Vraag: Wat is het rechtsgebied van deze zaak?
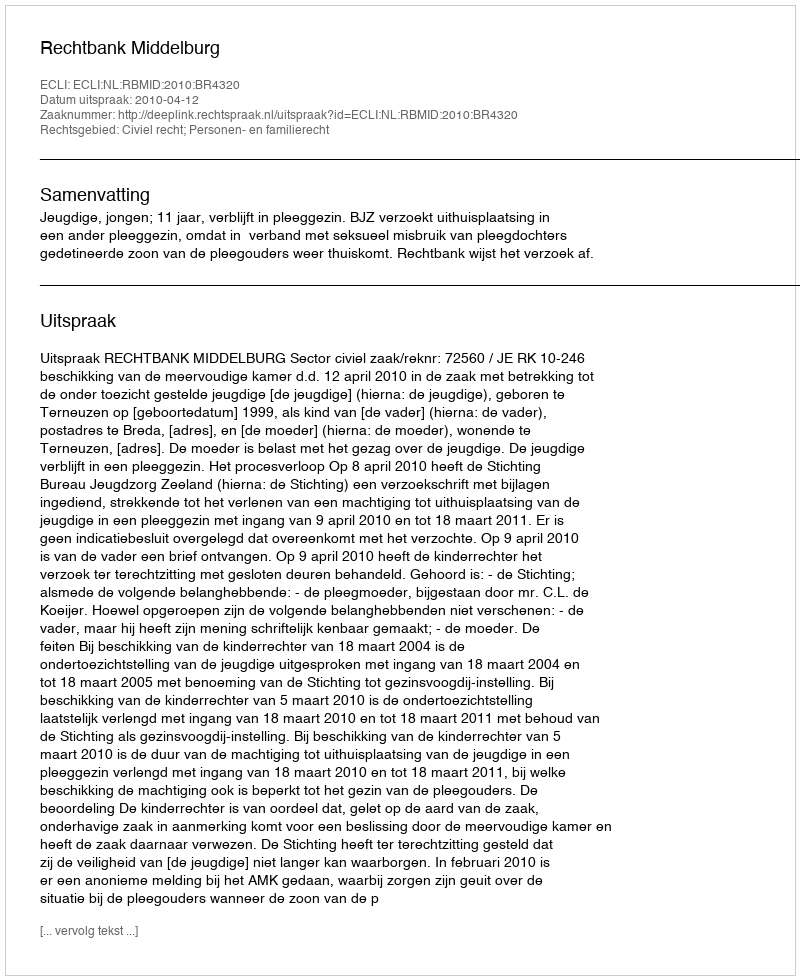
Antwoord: Civiel recht; Personen- en familierecht